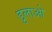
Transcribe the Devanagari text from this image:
डुलाओ